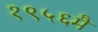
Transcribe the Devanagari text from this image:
१९५६मै